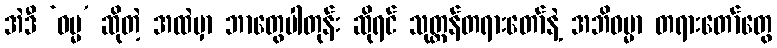
အဲဒီ ‘ဓမ္မ’ ဆိုတဲ့ အထဲမှာ ဘာတွေပါတုန်း ဆိုရင် သုတ္တန်တရားတော်နဲ့ အဘိဓမ္မာ တရားတော်တွေ